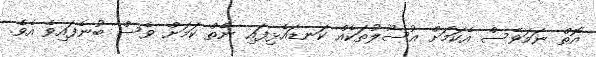
އޮތް ނަމަވެސް އެކަމަށް އުސޫލުތަކެއް ކަނޑައެޅިފައި ނެތް ކަމަށް ވެސް ބުނެފައިވެ އެވެ.